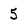
Character: 5